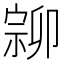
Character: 𡩰